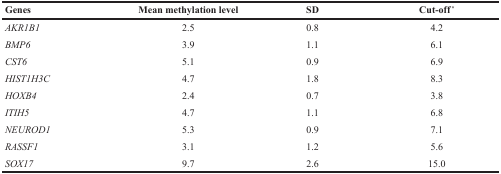
<table><thead><tr><td><b>Genes</b></td><td><b>Mean methylation level</b></td><td><b>SD</b></td><td><b>Cut-off<sup>*</sup></b></td></tr></thead><tbody><tr><td><i>AKR1B1</i></td><td>2.5</td><td>0.8</td><td>4.2</td></tr><tr><td><i>BMP6</i></td><td>3.9</td><td>1.1</td><td>6.1</td></tr><tr><td><i>CST6</i></td><td>5.1</td><td>0.9</td><td>6.9</td></tr><tr><td><i>HIST1H3C</i></td><td>4.7</td><td>1.8</td><td>8.3</td></tr><tr><td><i>HOXB4</i></td><td>2.4</td><td>0.7</td><td>3.8</td></tr><tr><td><i>ITIH5</i></td><td>4.7</td><td>1.1</td><td>6.8</td></tr><tr><td><i>NEUROD1</i></td><td>5.3</td><td>0.9</td><td>7.1</td></tr><tr><td><i>RASSF1</i></td><td>3.1</td><td>1.2</td><td>5.6</td></tr><tr><td><i>SOX17</i></td><td>9.7</td><td>2.6</td><td>15.0</td></tr></tbody></table>